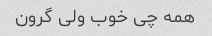
همه چی خوب ولی گرون